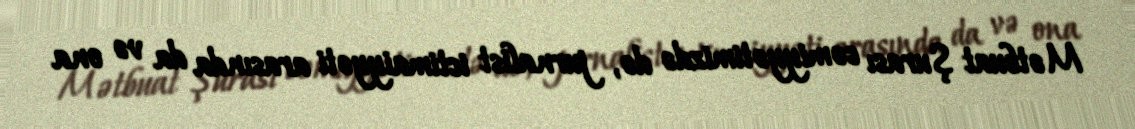
Mətbuat Şurası cəmiyyətimizdə də, jurnalist ictimaiyyəti arasında da və ona